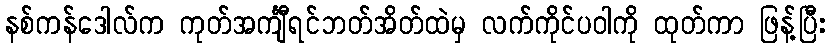
နစ်ကန်ဒေါလ်က ကုတ်အင်္ကျီရင်ဘတ်အိတ်ထဲမှ လက်ကိုင်ပဝါကို ထုတ်ကာ ဖြန့်ပြီး